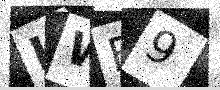
Text: IWE9